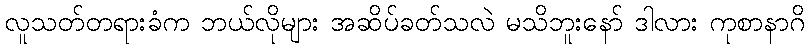
လူသတ်တရားခံက ဘယ်လိုများ အဆိပ်ခတ်သလဲ မသိဘူးနော် ဒါလား ကုစာနာဂိ